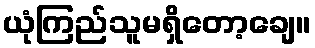
ယုံကြည်သူမရှိတော့ချေ။